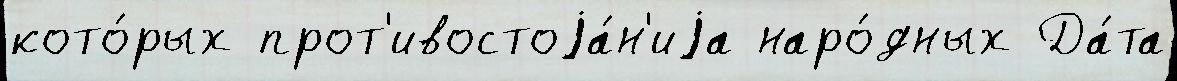
кото́рых прот'ивостоjа́н'иjа наро́дных Да́та